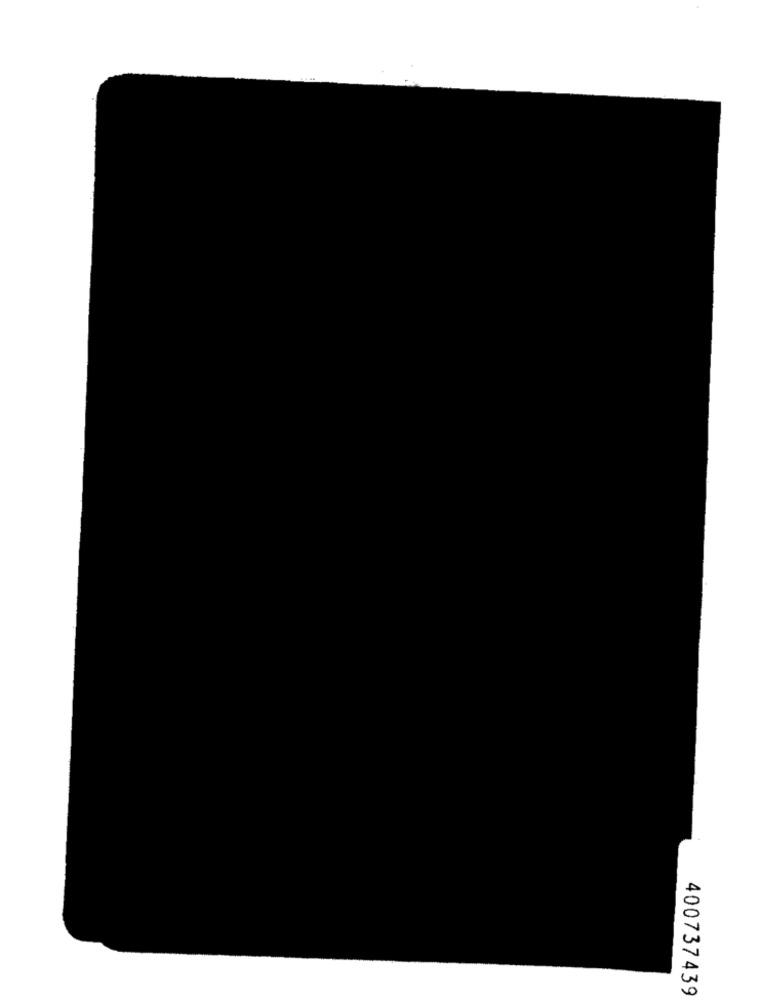
400737439